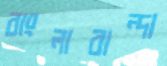
বাংলাবান্দা